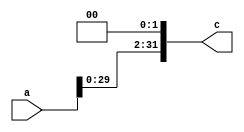
`timescale 1ns / 1ps
//////////////////////////////////////////////////////////////////////////////////
// Company: 
// Engineer: 
// 
// Design Name: 
// Module Name:    sl2 
// Project Name: 
// Target Devices: 
// Tool versions: 
// Description: 
//
// Dependencies: 
//
// Revision: 
// Revision 0.01 - File Created
// Additional Comments: 
//
//////////////////////////////////////////////////////////////////////////////////
module sl2(
    input [31:0] a,
    output [31:0] c
    );
	assign c = {a[29:0], 2'b00};
endmodule